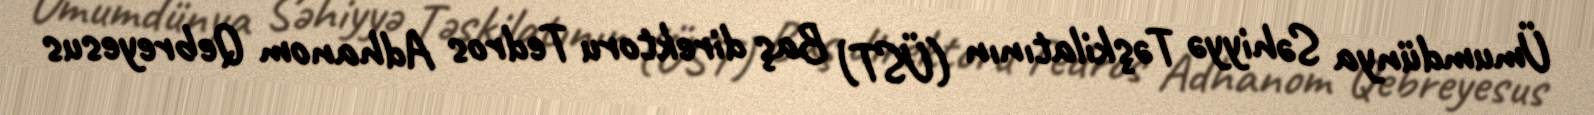
Ümumdünya Səhiyyə Təşkilatının (ÜST) Baş direktoru Tedros Adhanom Qebreyesus